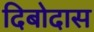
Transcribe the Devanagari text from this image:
दिबोदास